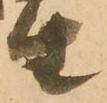
生